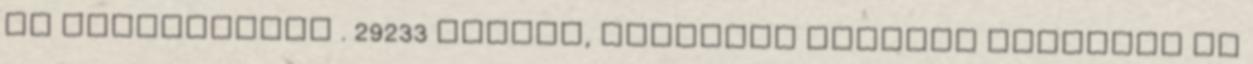
és lakosztálya . 29233 Utazás, szálloda leírásA szálloda az